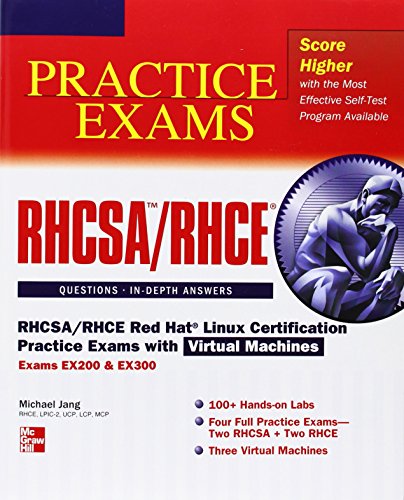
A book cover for RHCSA/RHCE Red Hat Linux Certification Practice Exams with Virtual Machines (Exams EX200 & EX300); Michael Jang; Computers & Technology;